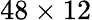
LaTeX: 48\times 12